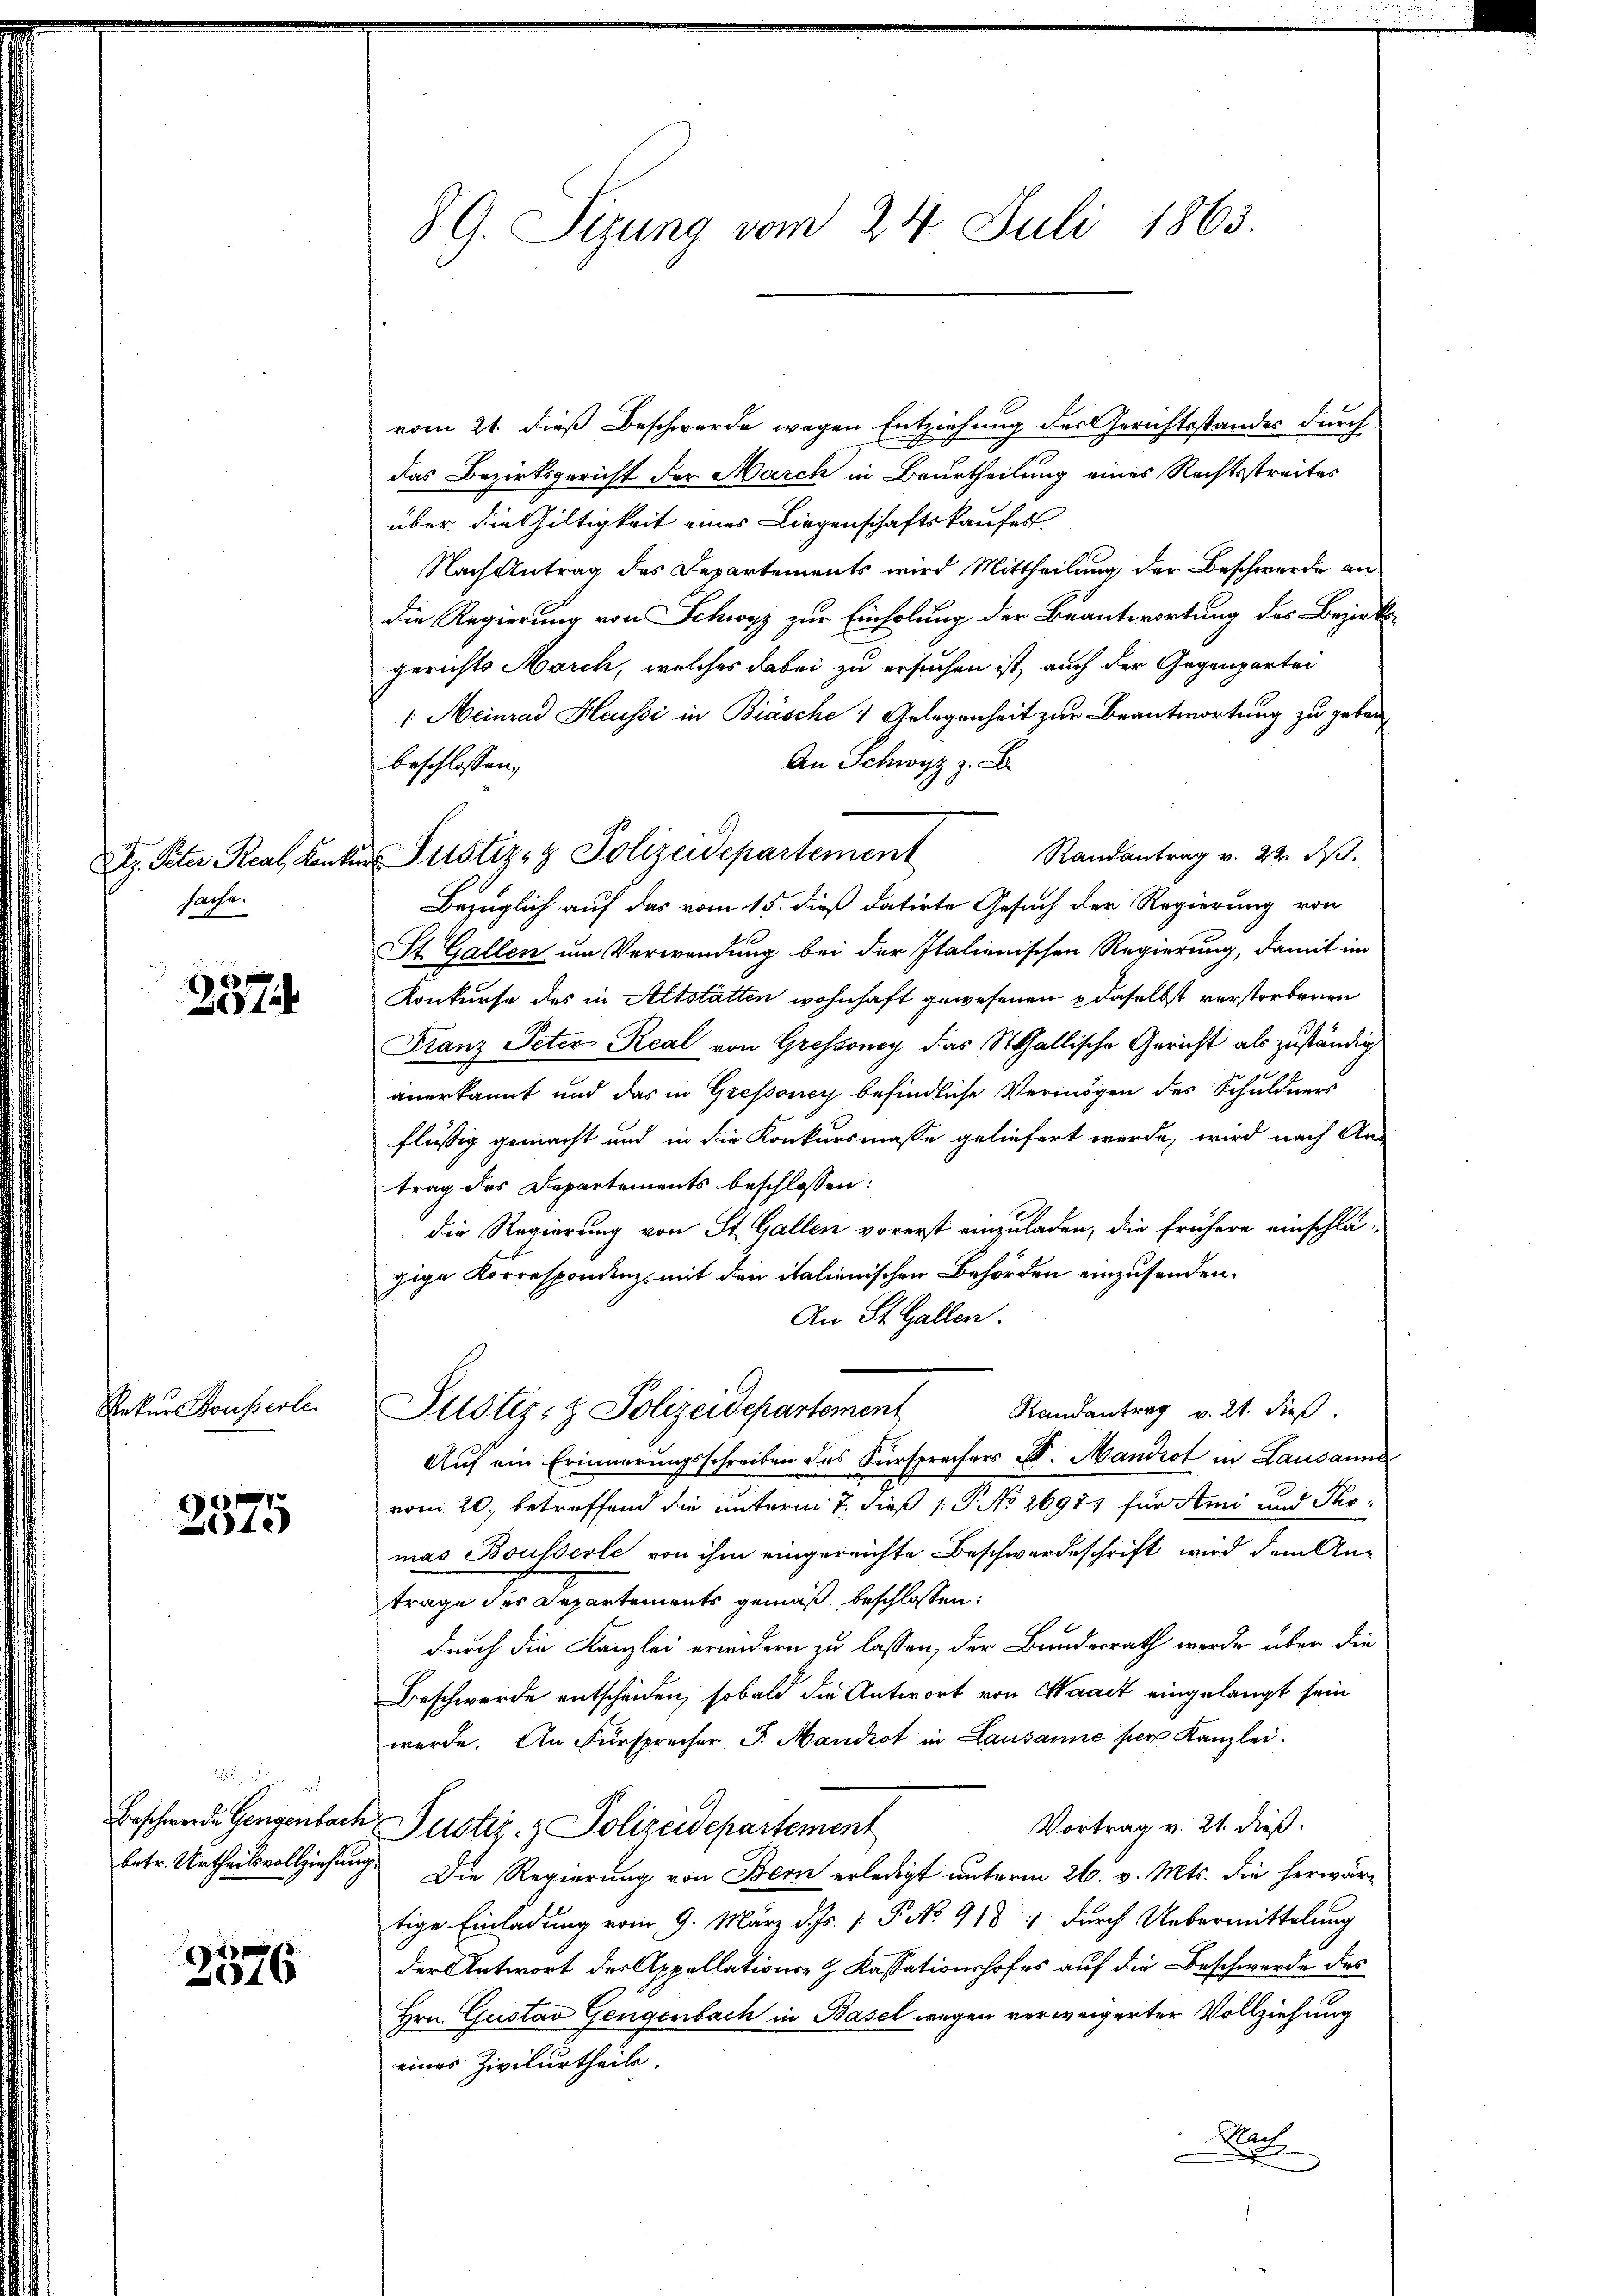
Dr. Peter Real, Kanton
sache.

x
xx

Rekurs Bousserte.

2375

2576

G. Sizung vom 24. Juli 1863.

vom 21. dieß Beschwerde wegen Entziehung des Gerichtsstandes durch
das Bezirksgericht der March in Beurtheilung eines Rechtsstreites
über die Giltigkeit eines Liegenschaftskaufes.
Nach Antrag des Departements wird Mittheilung der Beschwerde an
die Regierung von Schwyz zur Einholung der Beantwortung des Bezirks-
gerichts March, welches dabei zu ersuchen ist, auch der Gegenpartei
: Meinrad Heussi in Biasche 1 Gelegenheit zur Beantwortung zu geben,
An Schwyz z. B.
beschlossen,
Randantrag v. 24. I.
Bezüglich auf das vom 15. dieß datirte Gesuch der Regierung von
St. Gallen um Verwendung bei der Italienischen Regierung, damit im
Konkurse des in Altstätten wohnhaft gewesenen daselbst verstorbenen
Franz Peter Real von Grossoney das Stallische Gericht als zuständig
anerkannt und das in Gressoney befindliche Vermögen des Schuldners
flüssig gemacht und in die Konkursmasse geliefert werde, wird nach An-
trag des Departements beschlossen:
die Regierung von St. Gallen vorerst einzuladen, die frühere einschlägige Korrespondenz, mit den italienischen Behörden einzusenden.
An St. Gallen.
Randantrag v. 21. dieß.
Pustiz- & Polizeidepartement
Auf ein Erinnerungsschreiben das Fürsprechers St. Mandrot in Lausanne
vom 20. betreffend die unterm 7. dieß P. No 26971 für Ami und Thomas Bousserle von ihm eingereichte Beschwerdeschrift wird dem An-
trage der Departements gemäß beschlossen:
durch die Kanzlei erweidern zu lassen, der Bundesrath werde über die
Beschwerde entscheiden, sobald die Antwort von Waadt eingelangt sein
werde. An Fürsprecher J. Mandrot in Lausanne per Kanzlei.
Beschwerde Gengenbach Justiz- & Polizeidepartement
Vortrag v. 21. dieß.
betr. Urtheilsvollziehung. Die Regierung von Bern erledigt unterm 26. v. Mts. die herwärtige Einladung vom 9. März d. Js. v. P. No 918  durch Uebermittelung
der Antwort des Appellations- & Kassationshofes auf die Beschwerde des
Hrn. Gustav Gengenbach in Basel wegen verweigerter Vollziehung
eines Zivilurtheils.
Nach

des Justiz- & Polizeidepartement